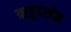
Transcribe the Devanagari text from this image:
ऋतुदर्शन